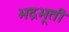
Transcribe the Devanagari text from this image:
भद्रभूती